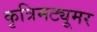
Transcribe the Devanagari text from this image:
कृत्रिमट्यूमर